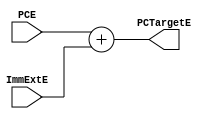
module PCTarget (
    input      [31:0] PCE,
    input      [31:0] ImmExtE,
    output reg [31:0] PCTargetE
);
    always @ (*) begin
        PCTargetE = PCE + ImmExtE;        
    end


endmodule